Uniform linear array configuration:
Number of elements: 24
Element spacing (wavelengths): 0.5
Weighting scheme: hann
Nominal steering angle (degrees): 45
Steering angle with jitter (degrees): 45.752
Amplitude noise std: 0.05
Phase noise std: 0.05

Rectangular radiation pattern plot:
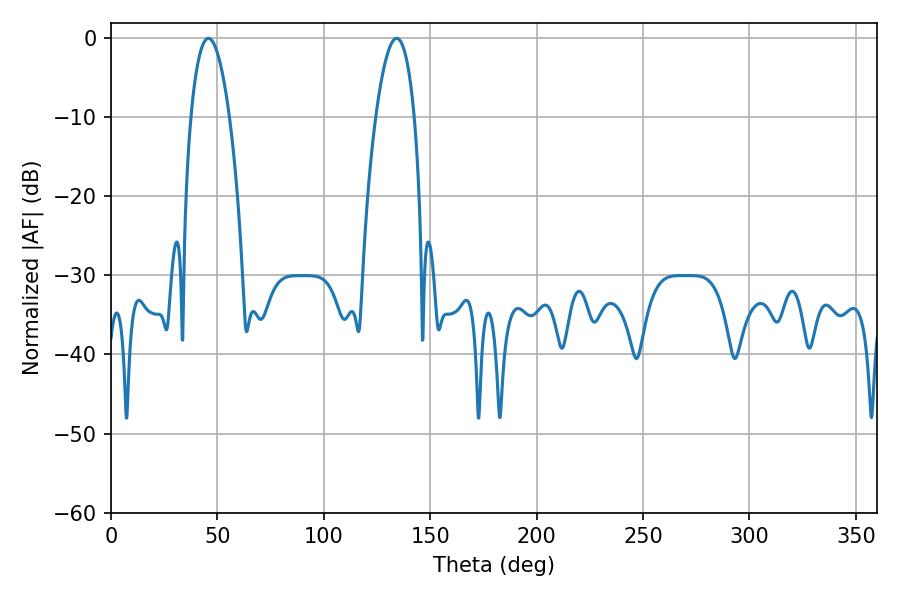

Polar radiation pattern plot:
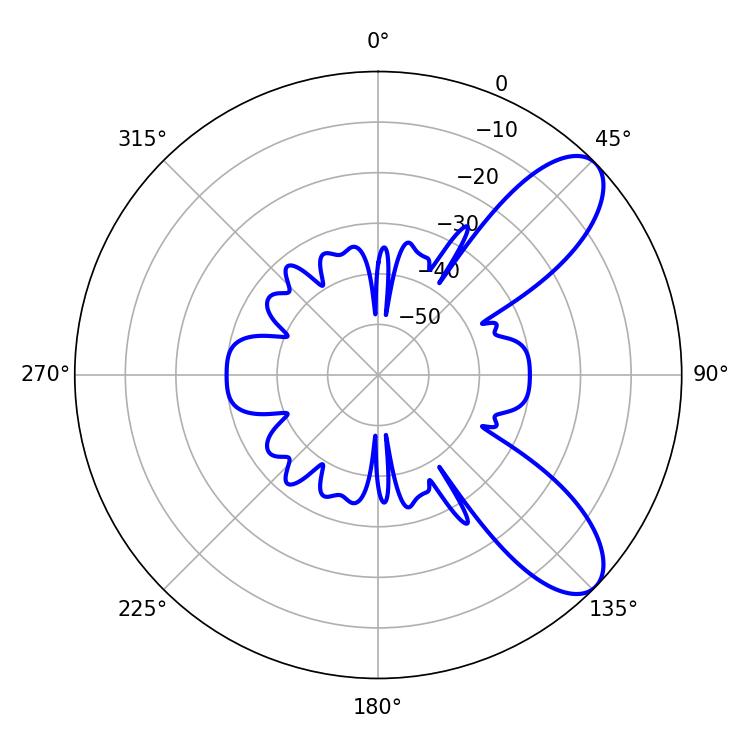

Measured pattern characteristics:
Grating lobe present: FALSE
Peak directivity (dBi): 8.696
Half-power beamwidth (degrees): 10.08
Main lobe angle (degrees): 45.72